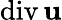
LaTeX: \mathrm{div}\, {\mathbf u}